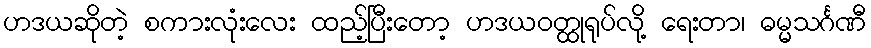
ဟဒယဆိုတဲ့ စကားလုံးလေး ထည့်ပြီးတော့ ဟဒယဝတ္ထုရုပ်လို့ ရေးတာ၊ ဓမ္မသင်္ဂဏီ